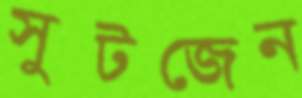
সুটজেন